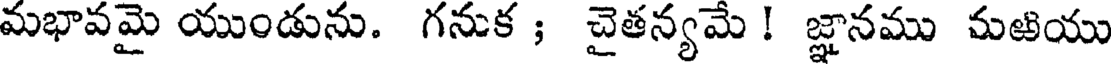
మభావమై యుండును. గనుక ; చైతన్యమే ! జ్ఞానము మఱియు